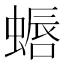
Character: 𫋏